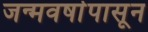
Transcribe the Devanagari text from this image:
जन्मवर्षापासून